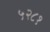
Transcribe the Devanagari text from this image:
५२८१